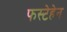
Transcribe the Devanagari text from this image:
फस्टेहेन